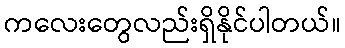
ကလေးတွေလည်းရှိနိုင်ပါတယ်။